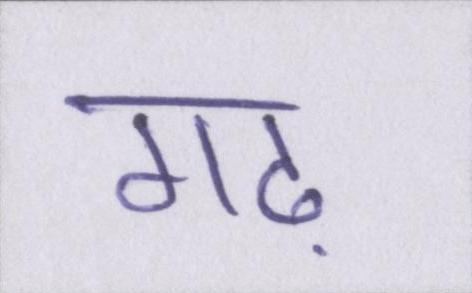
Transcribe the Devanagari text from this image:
गढ़